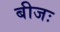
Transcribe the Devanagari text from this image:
बीजः